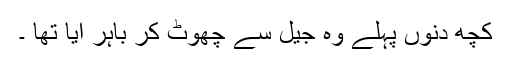
کچھ دنوں پہلے وہ جیل سے چھوٹ کر باہر آیا تھا ۔